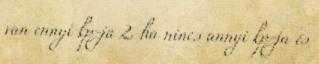
van ennyi kp-ja 2. ha nincs annyi kp-ja és